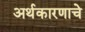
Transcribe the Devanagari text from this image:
अर्थकारणाचे